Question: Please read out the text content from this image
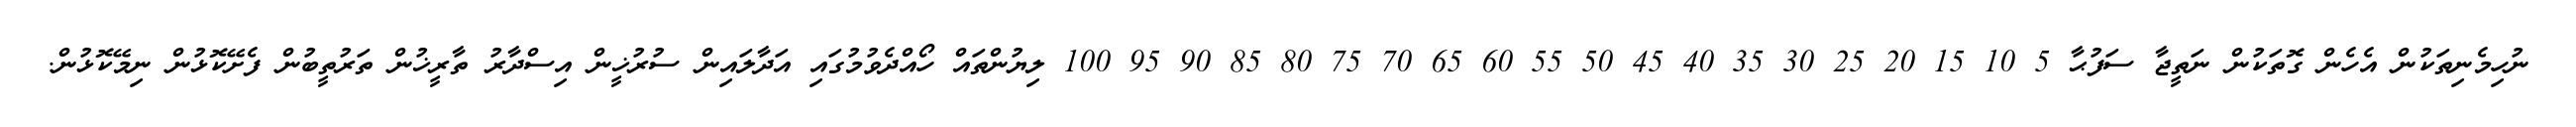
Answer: ނުހިމެނިތަކުން އެހެން ގޮތަކުން ނަތީޖާ ސަފުޙާ 5 10 15 20 25 30 35 40 45 50 55 60 65 70 75 80 85 90 95 100 ލިޔުންތައް ހޯއްދެވުމުގައި އަދާލައިން ސުރުޚީން އިސްދާރު ތާރީޚުން ތަރުތީބުން ފެށޭކޮޅުން ނިމޭކޮޅުން.